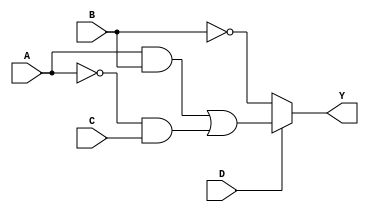
module MultiLevelSimplification (
    input wire A,      // Input signal A
    input wire B,      // Input signal B
    input wire C,      // Input signal C
    input wire D,      // Input signal D
    output wire Y      // Output signal Y
);

// Intermediate signals
wire notA, notB, and1, and2, or1, mux_out;

// Step 1: Basic logic operations
// NOT gates
not u1(notA, A);
not u2(notB, B);

// Step 2: AND operations
and u3(and1, A, B);          // AND gate for A and B
and u4(and2, notA, C);       // AND gate for NOT A and C

// Step 3: OR operation for intermediate stage
or u5(or1, and1, and2);      // Combine AND results

// Step 4: Multiplexer to select between two logic paths
// Using D as the select signal
assign mux_out = (D) ? or1 : notB; // If D is high, choose or1, else choose notB

// Step 5: Final output logic
assign Y = mux_out; // Output Y is the result of the multiplexer

endmodule